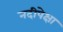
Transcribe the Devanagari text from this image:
नदीपेक्षा